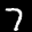
Label: 7